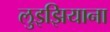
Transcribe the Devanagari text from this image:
लुइझियाना